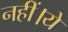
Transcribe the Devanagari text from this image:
नहीं।ये